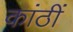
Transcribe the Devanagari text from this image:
कांठीं